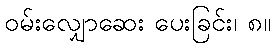
ဝမ်းလျှောဆေး ပေးခြင်း၊ ၈။